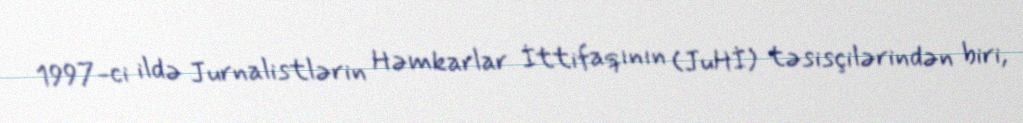
1997-ci ildə Jurnalistlərin Həmkarlar İttifaqının (JuHİ) təsisçilərindən biri,